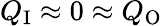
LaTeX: Q_{\mathrm{I}}\approx 0\approx Q_{\mathrm{O}}